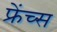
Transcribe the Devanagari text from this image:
फ्रेंच्स